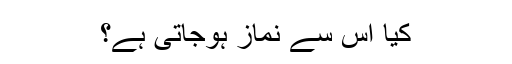
کیا اس سے نماز ہوجاتی ہے؟